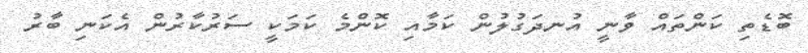
ބޮޑެތި ކަންތައް ވާނީ އުނދަގުލުން ކަމާއި ކޮންމެ ކަމަކީ ސަރުކާރުން އެކަނި ބާރު